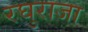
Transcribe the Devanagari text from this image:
रघुराजा